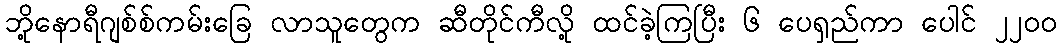
ဘို့နောရီဂျစ်စ်ကမ်းခြေ လာသူတွေက ဆီတိုင်ကီလို့ ထင်ခဲ့ကြပြီး ၆ ပေရှည်ကာ ပေါင် ၂၂၀၀